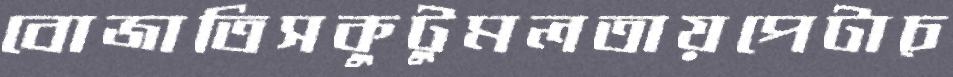
বোজাতিসকুটুমলতায়পেটাচ্